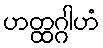
ဟတ္ထဂ္ဂါဟံ